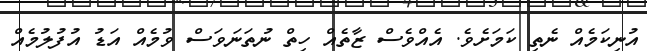
އުނިކަމެއް ނެތި ކަމަށެވެ. އެއްވެސް ޒާތެެއް ހިތް ނުތަނަވަސް ވުމެއް އަޑު އުފުލުމެއް